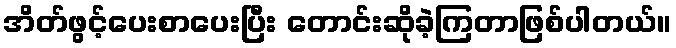
အိတ်ဖွင့်ပေးစာပေးပြီး တောင်းဆိုခဲ့ကြတာဖြစ်ပါတယ်။